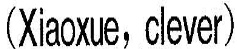
(Xiaoxe,Clever)